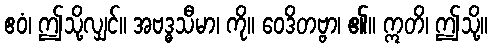
ဧဝံ၊ ဤသို့လျှင်။ အဗဒ္ဓသီမာ၊ ကို။ ဝေဒိတဗ္ဗာ၊ ၏။ ဣတိ၊ ဤသို့။